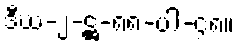
ဒီဃ-၂-ဋ္ဌ-၈၈-ပါ-၄၈။